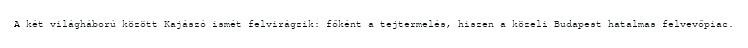
A két világháború között Kajászó ismét felvirágzik: főként a tejtermelés, hiszen a közeli Budapest hatalmas felvevőpiac.